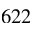
6 2 2